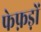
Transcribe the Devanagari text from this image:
फेफ़ड़ों